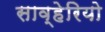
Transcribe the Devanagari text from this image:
साव्हेरियो